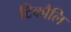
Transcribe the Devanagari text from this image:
टिकौलि